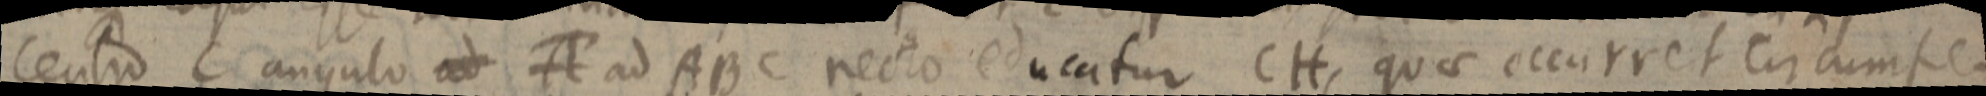
centro C angulo ad A ad ABC recto educatur CH, quae occurret circumfe-